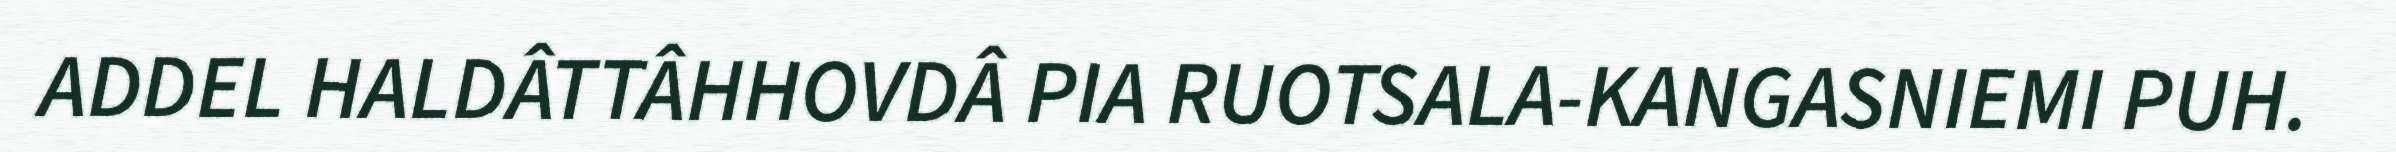
ADDEL HALDÂTTÂHHOVDÂ PIA RUOTSALA-KANGASNIEMI PUH.